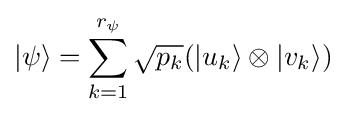
|\psi \rangle =\sum _{k=1}^{r_{\psi }}{\sqrt {p_{k}}}(|u_{k}\rangle \otimes |v_{k}\rangle )